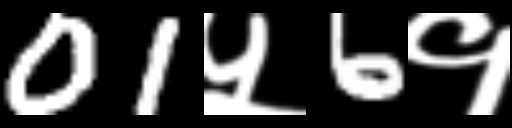
Text: 01५6१